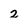
Character: 2